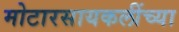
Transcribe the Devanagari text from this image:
मोटारसायकलींच्या